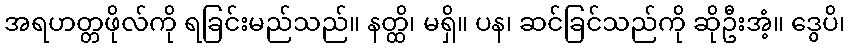
အရဟတ္တဖိုလ်ကို ရခြင်းမည်သည်။ နတ္ထိ၊ မရှိ။ ပန၊ ဆင်ခြင်သည်ကို ဆိုဦးအံ့။ ဒွေပိ၊